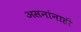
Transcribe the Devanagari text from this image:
असनांनाही